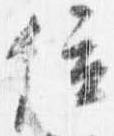
位